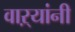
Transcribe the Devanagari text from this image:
वाऱ्यांनी